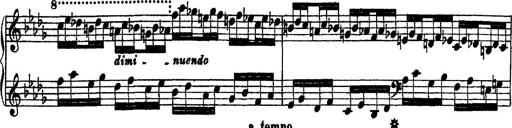
Title: 2 KonzertetÃ¼den
Composer: Franz Liszt